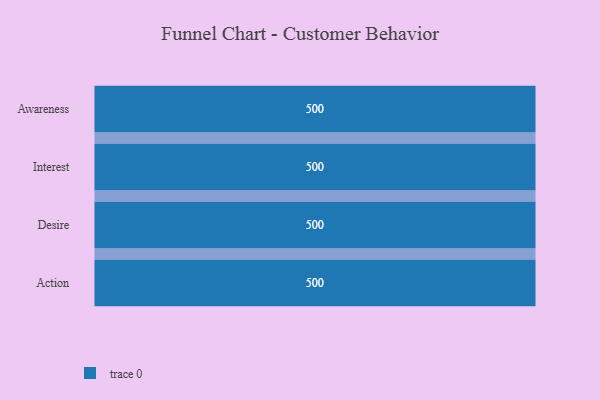
{"axis": {"x": "Stage", "y": "Value"}, "legend": [""], "data": [{"x": "Awareness", "y": 500, "type": ""}, {"x": "Interest", "y": 500, "type": ""}, {"x": "Desire", "y": 500, "type": ""}, {"x": "Action", "y": 500, "type": ""}]}